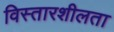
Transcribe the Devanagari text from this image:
विस्तारशीलता